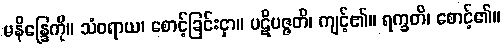
မနိန္ဒြေကို။ သံဝရာယ၊ စောင့်ခြင်းငှာ။ ပဋိပဇ္ဇတိ၊ ကျင့်၏။ ရက္ခတိ၊ စောင့်၏။